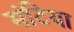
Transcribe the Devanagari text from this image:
मंटिया